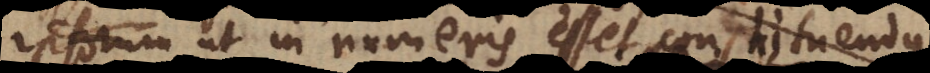
generum, ut in numeris esset constituendus,